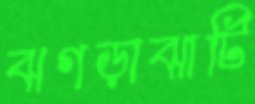
ঝগড়াঝাটি